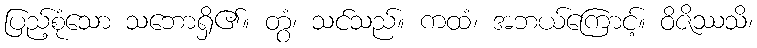
ပြည့်စုံသော သဘောရှိ၏။ တွံ၊ သင်သည်။ ကထံ၊ အဘယ်ကြောင့်။ ဝိဇိဿသိ၊